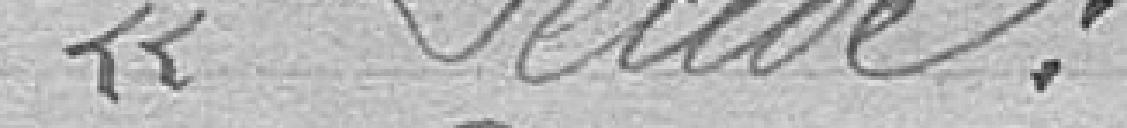
"Décide :